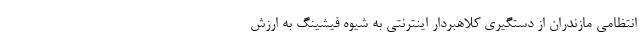
انتظامی مازندران از دستگیری کلاهبردار اینترنتی به شیوه فیشینگ به ارزش